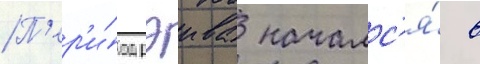
П'ер'и́од рэива началс'я́ в